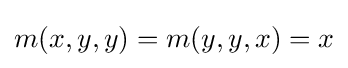
m(x,y,y)=m(y,y,x)=x